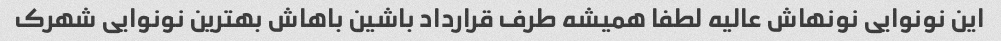
این نونوایی نونهاش عالیه لطفا همیشه طرف قرارداد باشین باهاش بهترین نونوایی شهرک